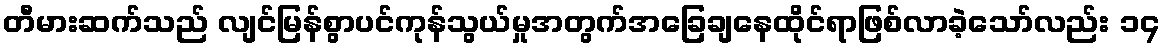
တီမားဆက်သည် လျင်မြန်စွာပင်ကုန်သွယ်မှုအတွက်အခြေချနေထိုင်ရာဖြစ်လာခဲ့သော်လည်း ၁၄